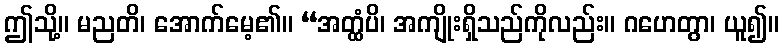
ဤသို့။ မညတိ၊ အောက်မေ့၏။ “အတ္ထံပိ၊ အကျိုးရှိသည်ကိုလည်း။ ဂဟေတွာ၊ ယူ၍။